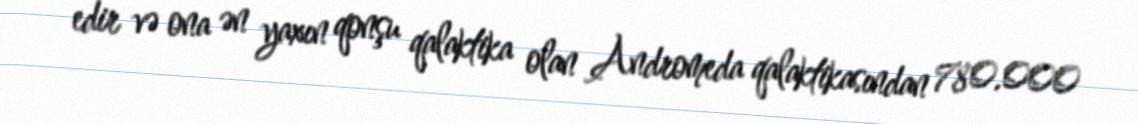
edir və ona ən yaxın qonşu qalaktika olan Andromeda qalaktikasından 780.000